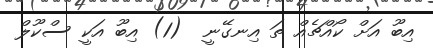
އިބޫ އަށް ކޯއްޗެއް ތަ އިނގޭނީ  (1) އިބޫ އަކީ ސްކޫލް